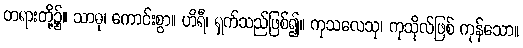
တရားတို့၌။ သာဓု၊ ကောင်းစွာ။ ဟိရီ၊ ရှက်သည်ဖြစ်၍။ ကုသလေသု၊ ကုသိုလ်ဖြစ် ကုန်သော။